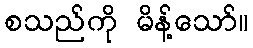
စသည်ကို မိန့်သော်။